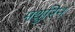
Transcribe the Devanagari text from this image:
मथुरिन